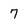
Character: 7